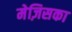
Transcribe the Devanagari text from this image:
मेज़िसका